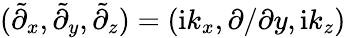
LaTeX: (\tilde{\partial}_{x},\tilde{\partial}_{y},\tilde{\partial}_{z})=(\mathrm{i}k_{x},\partial/\partial y,\mathrm{i}k_{z})